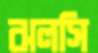
ঝলসি